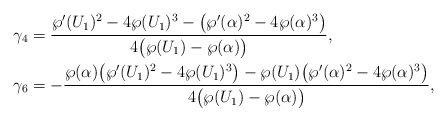
\begin{align*} &\gamma_4 = \frac{\wp'(U_1)^2 - 4 \wp(U_1)^3 - \big(\wp'(\alpha)^2 - 4\wp(\alpha)^3\big)} {4\big(\wp(U_1)-\wp(\alpha)\big)},\\ &\gamma_6 = -\frac{\wp(\alpha) \big(\wp'(U_1)^2 - 4 \wp(U_1)^3\big) - \wp(U_1) \big(\wp'(\alpha)^2 - 4\wp(\alpha)^3\big)}{4\big(\wp(U_1)-\wp(\alpha)\big)},\end{align*}